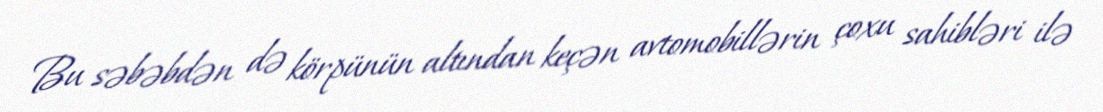
Bu səbəbdən də körpünün altından keçən avtomobillərin çoxu sahibləri ilə